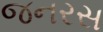
જનરસ